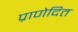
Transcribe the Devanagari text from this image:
प्राणेदित